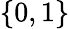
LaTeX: \{ 0,1\}